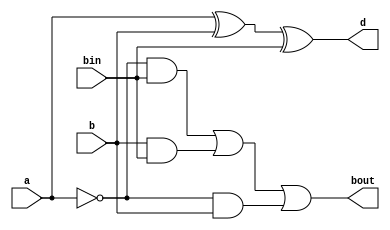
`timescale 1ns / 1ps
//////////////////////////////////////////////////////////////////////////////////
// Company: 
// Engineer: 
// 
// Design Name: 
// Module Name:    Subtractor 
// Project Name: 
// Target Devices: 
// Tool versions: 
// Description: 
//
// Dependencies: 
//
// Revision: 
// Revision 0.01 - File Created
// Additional Comments: 
//
//////////////////////////////////////////////////////////////////////////////////
module Subtractor(a,b,bin,d,bout);
input a,b,bin;
output d,bout;

wire s_temp,c_temp,x_temp,n_a,a_temp,co_t;
xor x1(s_temp,a,b);
xor x2(d,s_temp,bin);//d = (a xor b)xor cin
not n(n_a,a);
and a1(c_temp,n_a,bin);
and a2(x_temp,b,bin);
and a3(a_temp,n_a,b);
or  o1(co_t,c_temp,x_temp);
or  o2(bout,co_t,a_temp);// bout = (na and b) + (b and bin) + (na and bin)



endmodule